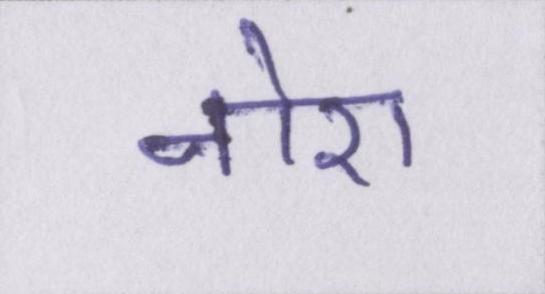
नोरा